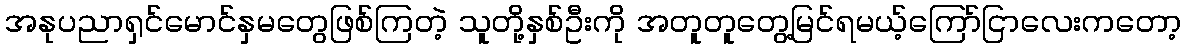
အနုပညာရှင်မောင်နှမတွေဖြစ်ကြတဲ့ သူတို့နှစ်ဦးကို အတူတူတွေ့မြင်ရမယ့်ကြော်ငြာလေးကတော့